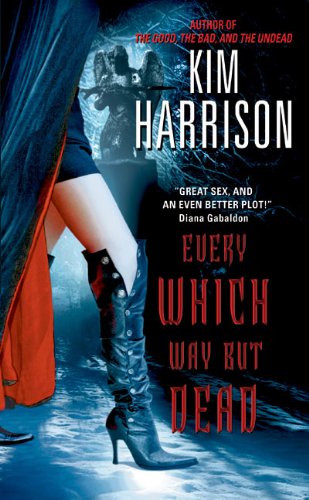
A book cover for Every Which Way But Dead (The Hollows, Book 3); Kim Harrison; Romance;